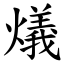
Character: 燨